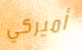
أميركي